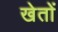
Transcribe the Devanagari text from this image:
खेताें